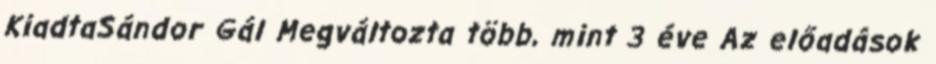
KiadtaSándor Gál Megváltozta több, mint 3 éve Az előadások